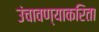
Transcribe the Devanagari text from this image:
उंचावण्याकरिता